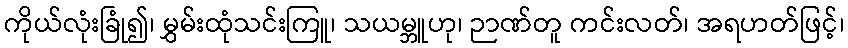
ကိုယ်လုံးခြုံ၍၊ မွှမ်းထုံသင်းကြူ၊ သယမ္ဘူဟု၊ ဉာဏ်တူ ကင်းလတ်၊ အရဟတ်ဖြင့်၊